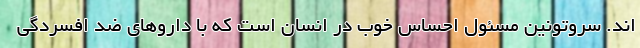
اند. سروتونین مسئول احساس خوب در انسان است که با داروهای ضد افسردگی